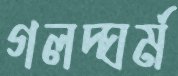
গলদ্‌ঘর্ম